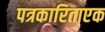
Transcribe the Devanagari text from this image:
पत्रकारिताएक